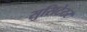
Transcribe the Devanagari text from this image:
सुसिटेटर